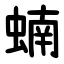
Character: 蝻